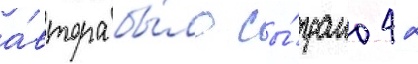
а́втора бы́ло сы́грано 42